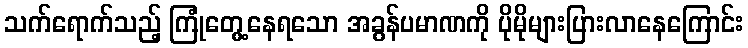
သက်ရောက်သည့် ကြုံတွေ့နေရသော အခွန်ပမာဏကို ပိုမိုများပြားလာနေကြောင်း